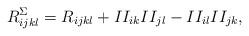
LaTeX: \begin{align*}R^\Sigma_{ijkl}=R_{ijkl}+II_{ik}II_{jl}-II_{il}II_{jk},\end{align*}